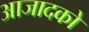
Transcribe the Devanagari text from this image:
आजादको